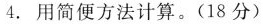
4.用简便方法计算。(18分)